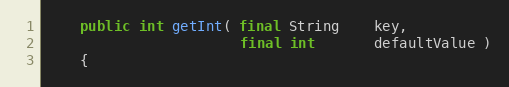
Language: Java
    public int getInt( final String    key,
                       final int       defaultValue )
    {